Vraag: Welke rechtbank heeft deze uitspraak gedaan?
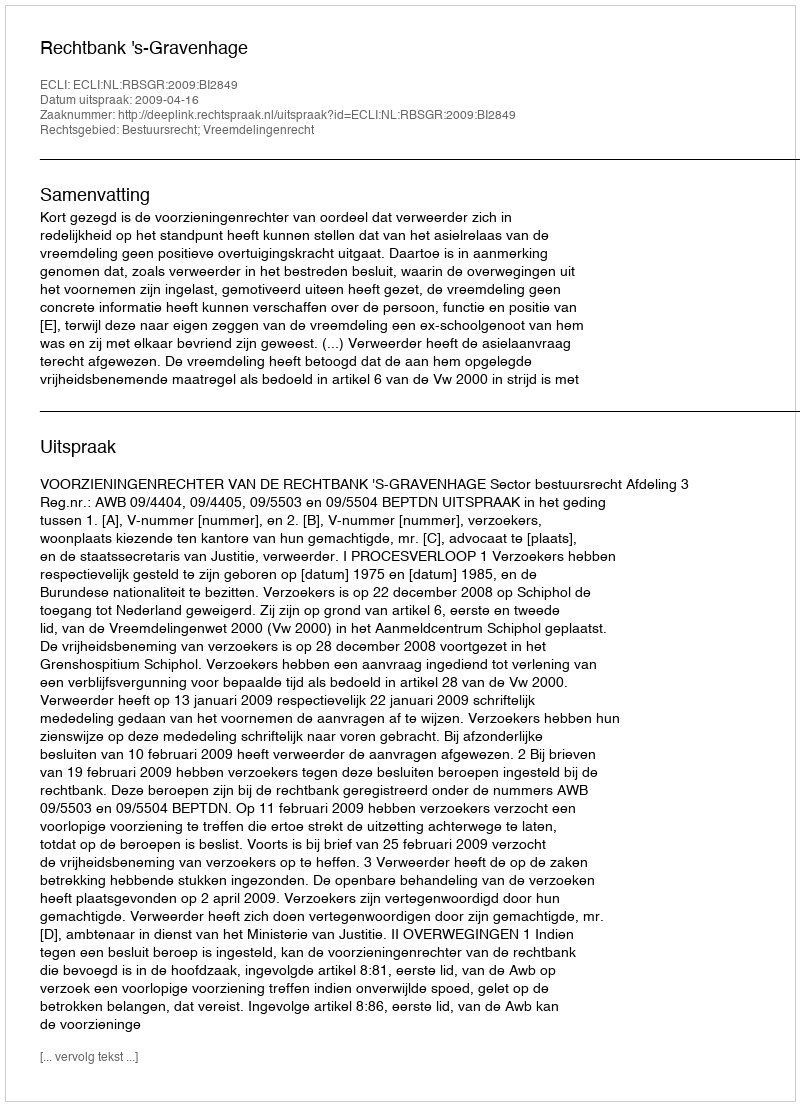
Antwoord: Rechtbank 's-Gravenhage